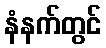
နံနက်တွင်